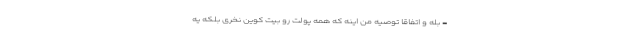
- بله و اتفاقاً توصیه من اینه که همه پولت رو بیت کوین نخری بلکه یه